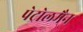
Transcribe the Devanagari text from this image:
पेट्रोलमैन